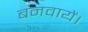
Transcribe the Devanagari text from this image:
बनवायें।